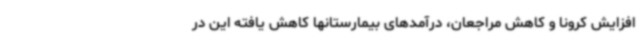
افزایش کرونا و کاهش مراجعان، درآمدهای بیمارستانها کاهش یافته این در